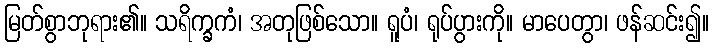
မြတ်စွာဘုရား၏။ သရိက္ခကံ၊ အတုဖြစ်သော။ ရူပံ၊ ရုပ်ပွားကို။ မာပေတွာ၊ ဖန်ဆင်း၍။